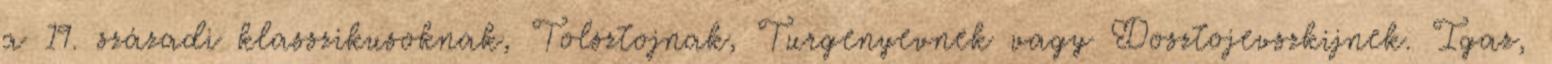
a 19. századi klasszikusoknak, Tolsztojnak, Turgenyevnek vagy Dosztojevszkijnek. Igaz,